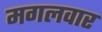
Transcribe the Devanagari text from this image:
मगलवार